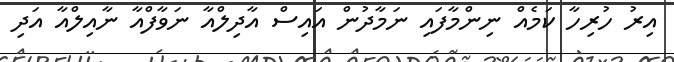
އިރު ހުރިހާ ކަމެއް ނިންމާފައި ނަމާދުން އައިސް އާދިލްއާ ނަވާފްއާ ނާއިލްއާ އަދި